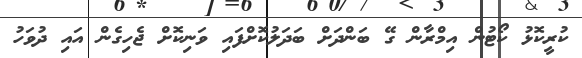
ކުރީކޮޅު ކޯޓުން އިމްރާން ގޭ ބަންދަށް ބަދަލުކޮށްފައި ވަނިކޮށް ޖެހިގެން އައި ދުވަހު